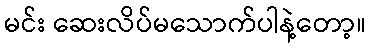
မင်း ဆေးလိပ်မသောက်ပါနဲ့တော့။